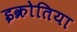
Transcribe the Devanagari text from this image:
इक्रोतिया